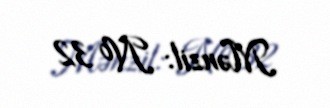
Mənzil: № 32